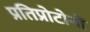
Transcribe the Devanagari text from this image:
प्रतिप्रोटोनों